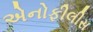
એનોફીલીસ